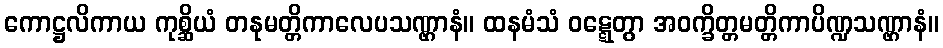
ကောဋ္ဌလိကာယ ကုစ္ဆိယံ တနုမတ္တိကာလေပသဏ္ဌာနံ။ ထနမံသံ ဝဋ္ဋေတွာ အဝက္ခိတ္တမတ္တိကာပိဏ္ဍသဏ္ဌာနံ။